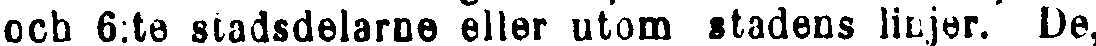
ock 6:te stadsdelarne eller utom stadens linjer. De,